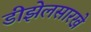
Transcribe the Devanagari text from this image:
डीझेलसारखे